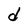
Character: d